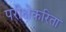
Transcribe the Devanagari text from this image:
परीक्षेकरिता